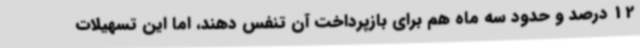
12 درصد و حدود سه ماه هم برای بازپرداخت آن تنفس دهند، اما این تسهیلات